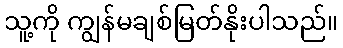
သူ့ကို ကျွန်မချစ်မြတ်နိုးပါသည်။